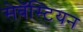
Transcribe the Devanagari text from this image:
सेबॅस्टियन